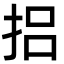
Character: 捛